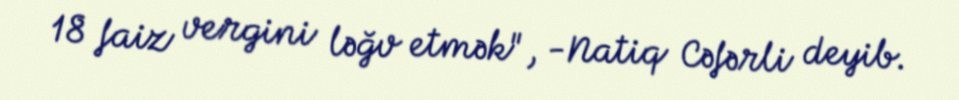
18 faiz vergini ləğv etmək", -Natiq Cəfərli deyib.